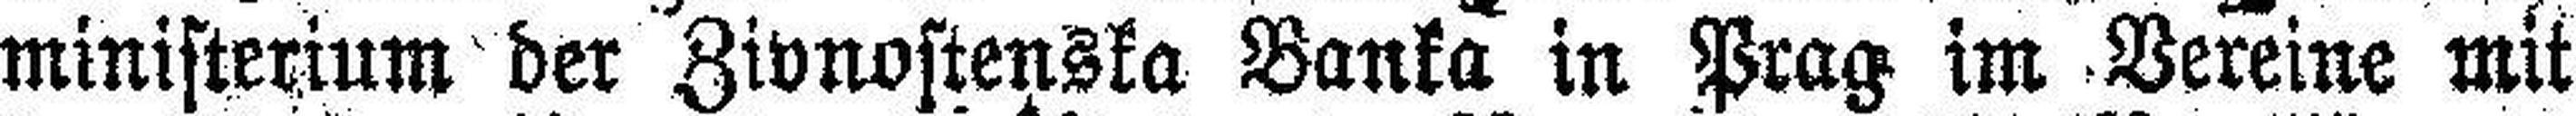
ministerium der Zivnostenska Banka in Prag im Vereine mit